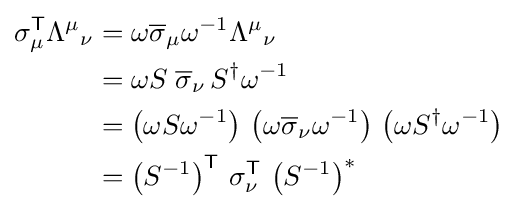
{\begin{aligned}\sigma _{\mu }^{\textsf {T}}{\Lambda ^{\mu }}_{\nu }&=\omega {\overline {\sigma }}_{\mu }\omega ^{-1}{\Lambda ^{\mu }}_{\nu }\\&=\omega S\;{\overline {\sigma }}_{\nu }\,S^{\dagger }\omega ^{-1}\\&=\left(\omega S\omega ^{-1}\right)\,\left(\omega {\overline {\sigma }}_{\nu }\omega ^{-1}\right)\,\left(\omega S^{\dagger }\omega ^{-1}\right)\\&=\left(S^{-1}\right)^{\textsf {T}}\,\sigma _{\nu }^{\textsf {T}}\,\left(S^{-1}\right)^{*}\end{aligned}}